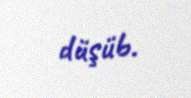
düşüb.